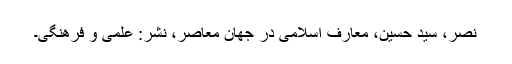
نصر، سید حسین، معارف اسلامی در جهان معاصر، نشر: علمی و فرهنگی۔